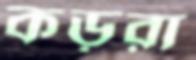
কড়রা